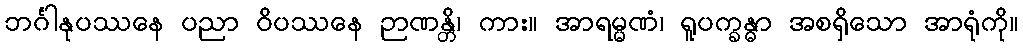
ဘင်္ဂါနုပဿနေ ပညာ ဝိပဿနေ ဉာဏန္တိ၊ ကား။ အာရမ္မဏံ၊ ရူပက္ခန္ဓာ အစရှိသော အာရုံကို။